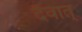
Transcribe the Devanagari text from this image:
दैवात्‌